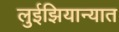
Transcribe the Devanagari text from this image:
लुईझियान्यात